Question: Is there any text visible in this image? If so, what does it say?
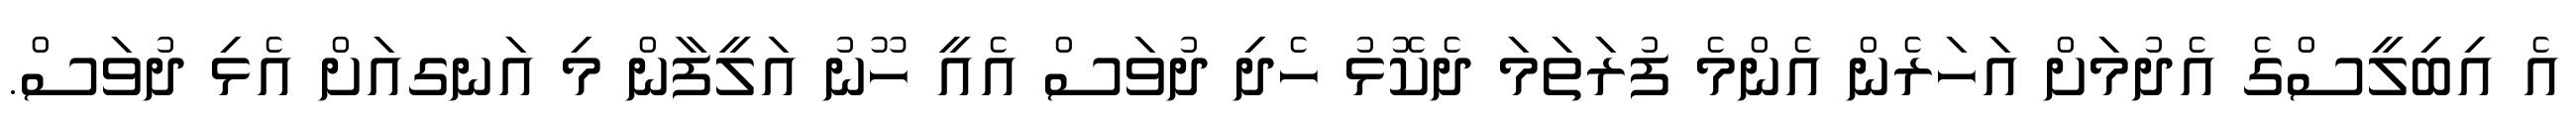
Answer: އެ އިބިލީސްގެ އެދުމަށް އަހަރެން އެންމެ ފުރަތަމަ ދެކޮޅު ހެދި ދުވަސް އެއީ ހޫނު އަލީފާން މި އަނގއަށް އެޅި ދުވަސް.